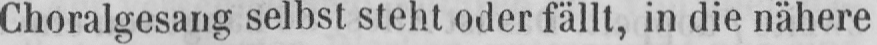
Choralgesang selbst steht oder fällt, in die nähere